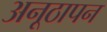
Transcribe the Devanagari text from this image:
अनूठापन